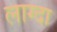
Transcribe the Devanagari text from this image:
लाग्दा